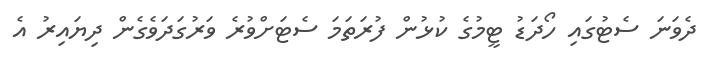
ދެވަނަ ސެޓުގައި ހޯދަޑު ޓީމުގެ ކުޅުން ފުރަތަމަ ސެޓަށްވުރެ ވަރުގަދަވެގެން ދިޔައިރު އެ